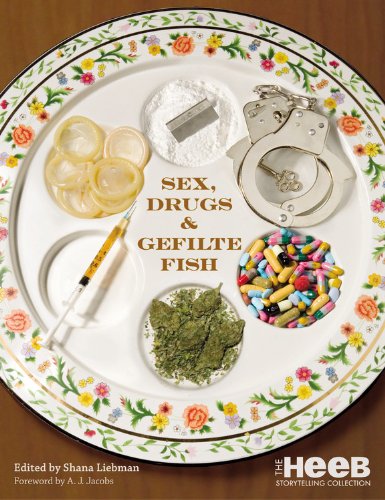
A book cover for Sex, Drugs & Gefilte Fish: The Heeb Storytelling Collection; Humor & Entertainment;